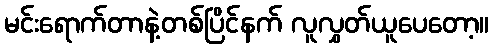
မင်းရောက်တာနဲ့တစ်ပြိင်နက် လူလွှတ်ယူပေတော့။